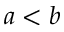
a < b